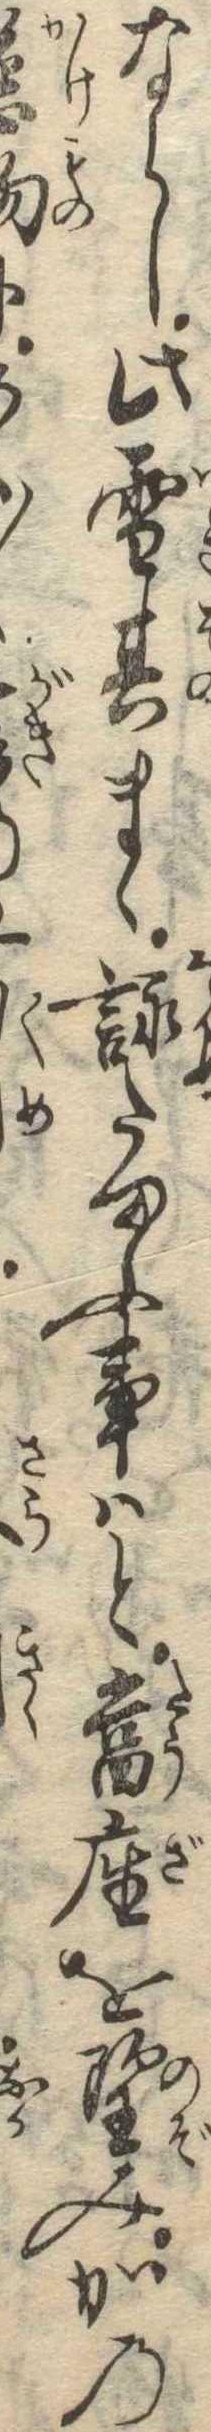
ならし此雪其まゝ詠たまふ事はと当座を望みかの